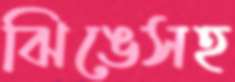
ঝিঙেসহ